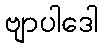
ဗျာပါဒေါ